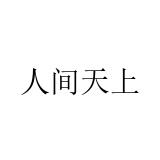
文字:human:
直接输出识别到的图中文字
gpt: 人间天上